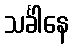
သင်္ခါနေ